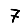
Digit: 7